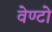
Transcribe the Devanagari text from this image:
वेण्टो